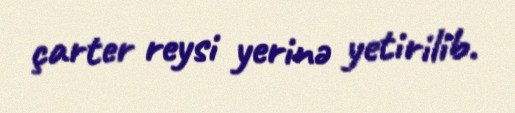
çarter reysi yerinə yetirilib.